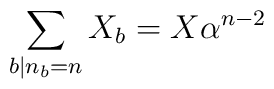
\sum_{b\vert n_b=n}X_b=X\alpha^{n-2}